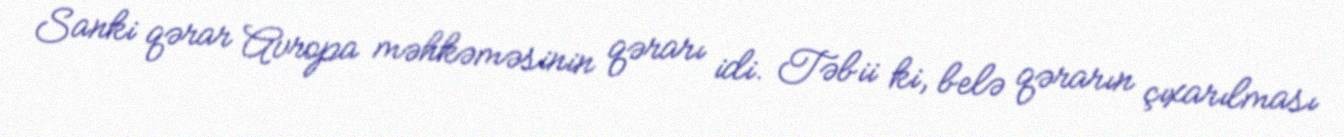
Sanki qərar Avropa məhkəməsinin qərarı idi. Təbii ki, belə qərarın çıxarılması